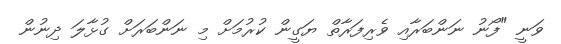
ވަނީ "ފޯނު ނަންބަރާއި ވެރިފަރާތް ޔަގީން ކުރުމަށް މި ނަންބަރަށް ގުޅާލަ ދިނުން